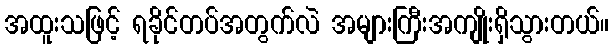
အထူးသဖြင့် ရခိုင်တပ်အတွက်လဲ အများကြီးအကျိုးရှိသွားတယ်။